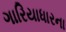
ગારિયાધારના